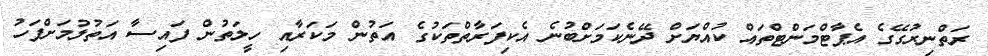
ރަތްނިރުގޭގެ އެޕާޓްމަންޓްތައް ކުއްޔަށް ދޭނެކަމަށްބުނެ އެކިފަރާތްތަކުގެ އަތުން މަކަރާއި ހީލަތުން ފައިސާ އަތުލުމަށްފަހު